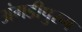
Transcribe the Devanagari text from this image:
अंगडीपुरम